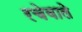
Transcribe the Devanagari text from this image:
रचेवाले